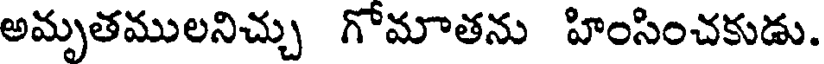
అమృతములనిచ్చు గోమాతను హింసించకుడు.